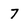
Character: 7